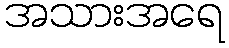
အသားအရေ